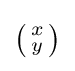
{\textstyle {\bigl (}{\begin{smallmatrix}x\\y\end{smallmatrix}}{\bigr )}}